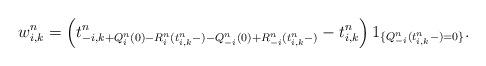
LaTeX: \begin{align*}w_{i,k}^n = \left( t^n_{-i, k+Q^n_i(0)-R^n_i(t^n_{i,k}-)-Q^n_{-i}(0)+R^n_{-i}(t^n_{i,k}-)} - t^n_{i,k}\right)1_{\{Q^n_{-i}(t^n_{i,k}-)=0\}}.\end{align*}